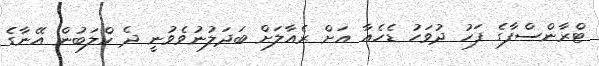
ޓްރާންސްފާގެ ފަހު ދުވަހު ޑެހެއާ އަށް ރެއާލަށް ބަދަލުނުވެވުނީ ދެ ކްލަބުން އޭނާގެ